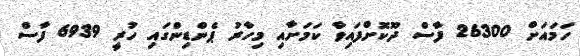
ހަމައަށް 26300 ފާސް ދޫކޮށްފައިވާ ކަމަށާއި މިހާރު ޕެންޑިންގައި ހުރީ 6939 ފާސް